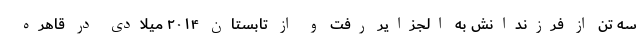
سه تن از فرزندانش به الجزایر رفت و از تابستان ۲۰۱۴ میلادی در قاهره